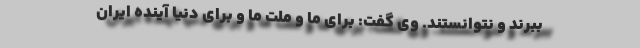
ببرند و نتوانستند. وی گفت: برای ما و ملت ما و برای دنیا آینده ایران